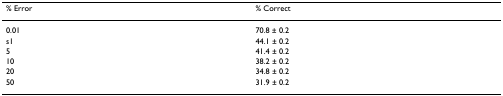
| % Error | % Correct |
 | --- | --- |
 | 0.01 | 70.8 ± 0.2 |
 | s1 | 44.1 ± 0.2 |
 | 5 | 41.4 ± 0.2 |
 | 10 | 38.2 ± 0.2 |
 | 20 | 34.8 ± 0.2 |
 | 50 | 31.9 ± 0.2 |